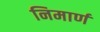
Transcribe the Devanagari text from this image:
निमार्ण